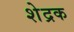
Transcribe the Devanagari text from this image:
शेद्रक